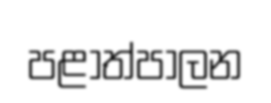
පළාත්පාලන